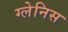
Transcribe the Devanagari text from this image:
ग्लेनिस